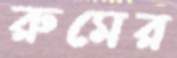
রুমের